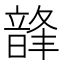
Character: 韸